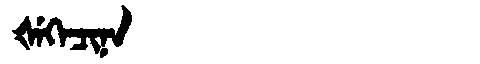
Manchu: ᡧᡝᡴᡝᠴᡳᠨᠠ
Romanization: ŠEKECINA